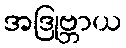
အဒြုဗ္ဘာယ